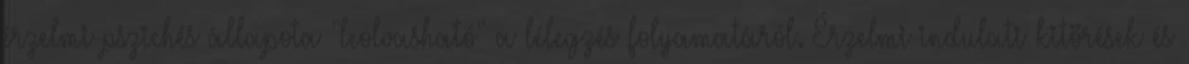
érzelmi-pszichés állapota "leolvasható" a lélegzés folyamatáról. Érzelmi-indulati kitörések és